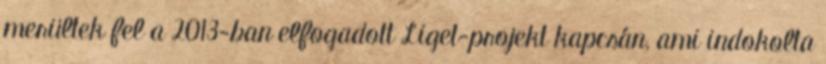
merültek fel a 2013-ban elfogadott Liget-projekt kapcsán, ami indokolta